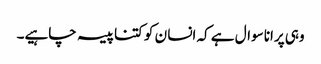
وہی پرانا سوال ہے کہ انسا ن کو کتنا پیسہ چاہیے۔